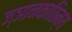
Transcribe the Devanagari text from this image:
ज्ञानकाठिन्य